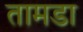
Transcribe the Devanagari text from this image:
तामडा